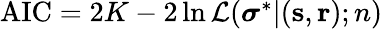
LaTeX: \begin{array}{r}{\mathrm{AIC}=2K-2\ln\mathcal{L}(\boldsymbol{\sigma}^{\ast}|(\mathbf{s},\mathbf{r});n)}\end{array}